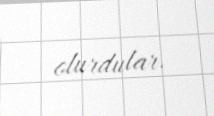
olurdular.